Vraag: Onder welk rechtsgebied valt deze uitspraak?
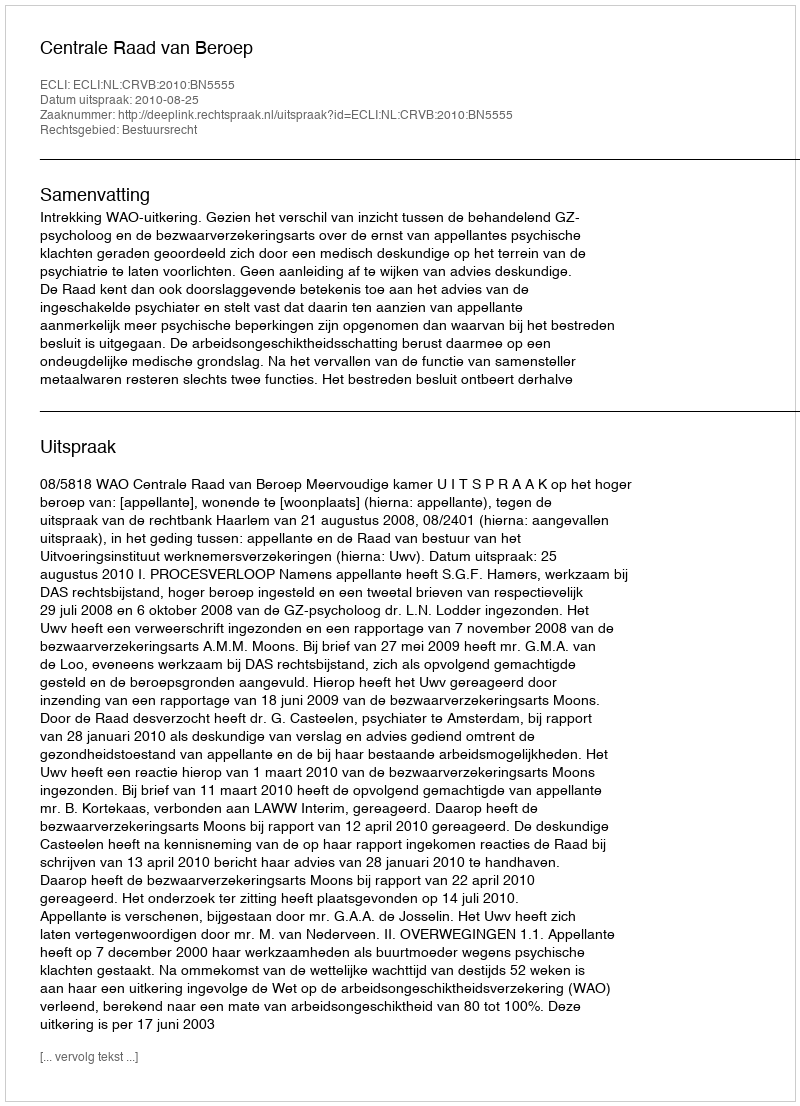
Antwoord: Bestuursrecht